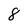
Character: 8